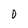
Character: 0